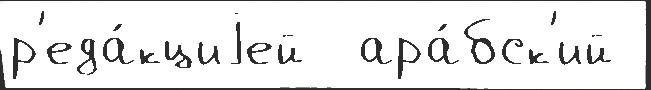
р'еда́кциjей  ара́бск'ий